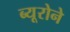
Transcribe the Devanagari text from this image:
ब्यूरोने